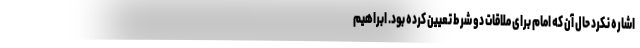
اشاره نکرد حال آن که امام برای ملاقات دو شرط تعیین کرده بود. ابراهیم